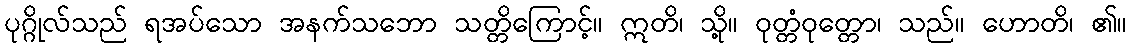
ပုဂ္ဂိုလ်သည် ရအပ်သော အနက်သဘော သတ္တိကြောင့်။ ဣတိ၊ သို့။ ဝုတ္တံဝုတ္တော၊ သည်။ ဟောတိ၊ ၏။